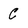
Character: c